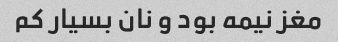
مغز نیمه بود و نان بسیار کم